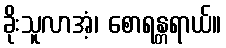
ခိုးသူလာအံ့၊ စောရန္တရာယ်။